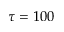
\tau = 1 0 0